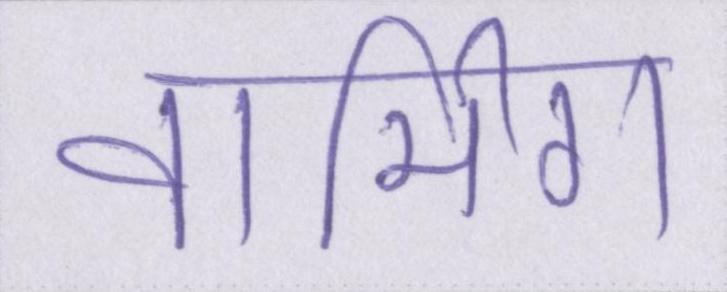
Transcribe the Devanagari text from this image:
वार्मिग